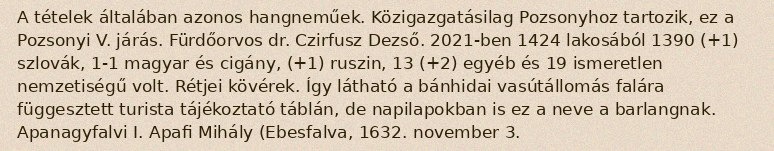
A tételek általában azonos hangneműek. Közigazgatásilag Pozsonyhoz tartozik, ez a Pozsonyi V. járás. Fürdőorvos dr. Czirfusz Dezső. 2021-ben 1424 lakosából 1390 (+1) szlovák, 1-1 magyar és cigány, (+1) ruszin, 13 (+2) egyéb és 19 ismeretlen nemzetiségű volt. Rétjei kövérek. Így látható a bánhidai vasútállomás falára függesztett turista tájékoztató táblán, de napilapokban is ez a neve a barlangnak. Apanagyfalvi I. Apafi Mihály (Ebesfalva, 1632. november 3.